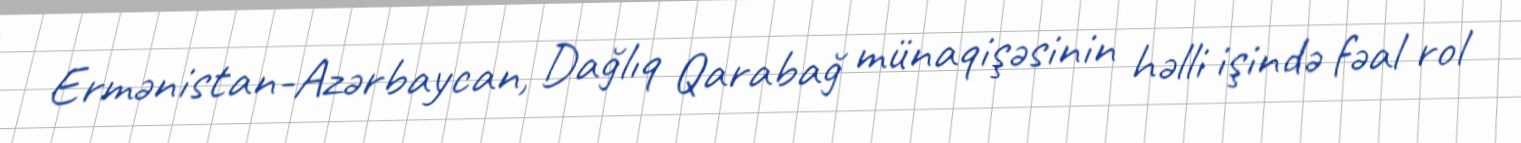
Ermənistan-Azərbaycan, Dağlıq Qarabağ münaqişəsinin həlli işində fəal rol